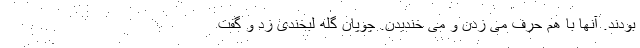
بودند. آنها با هم حرف می زدن و می خندیدن. چوپان گله لبخندی زد و گفت